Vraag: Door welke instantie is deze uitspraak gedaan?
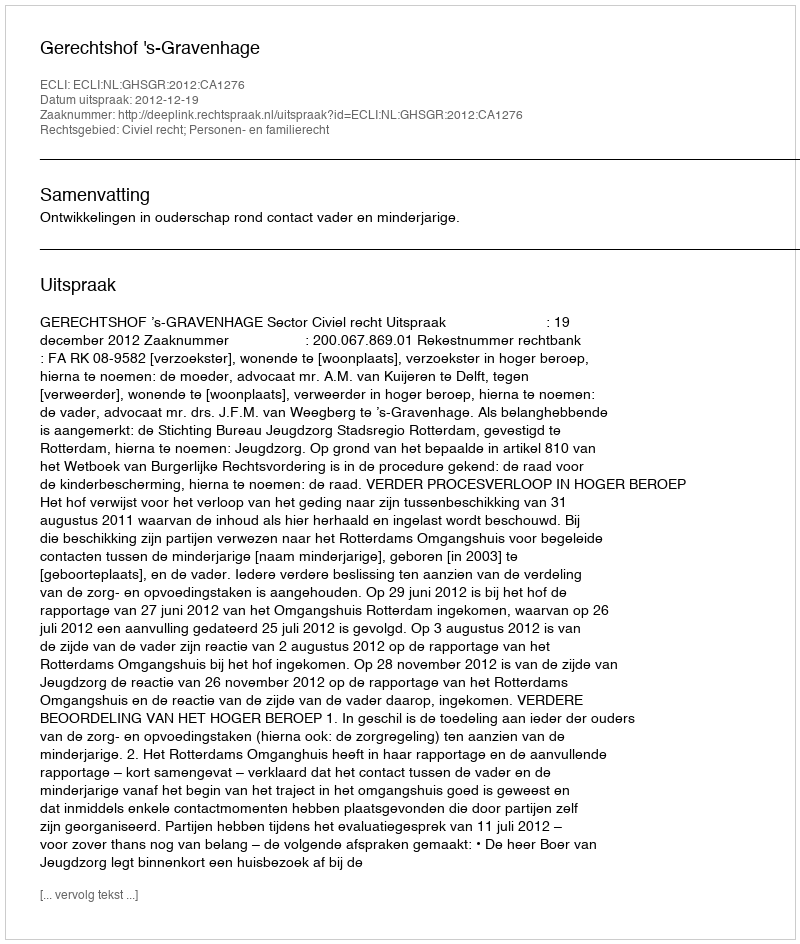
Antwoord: Gerechtshof 's-Gravenhage